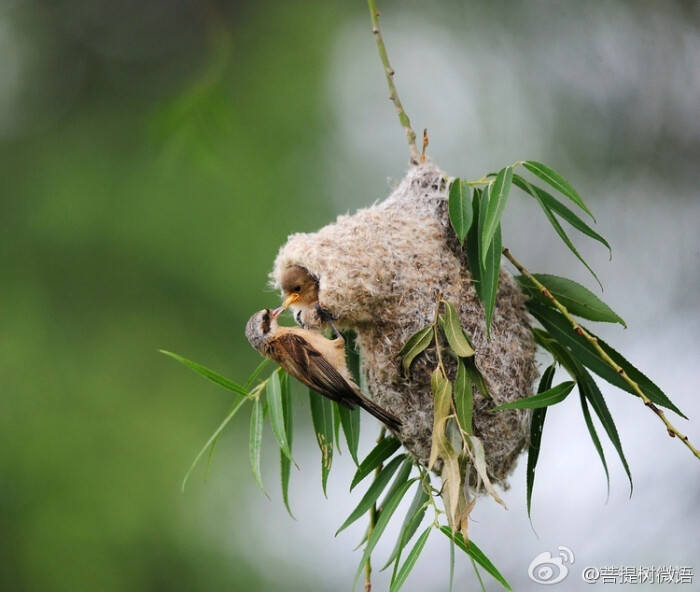
劝君莫打枝头鸟，子在巢中望母归。